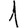
Digit: 1